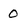
Character: 0